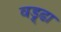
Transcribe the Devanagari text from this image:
वड्र्ढा